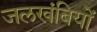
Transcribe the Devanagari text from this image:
जलखंबियों